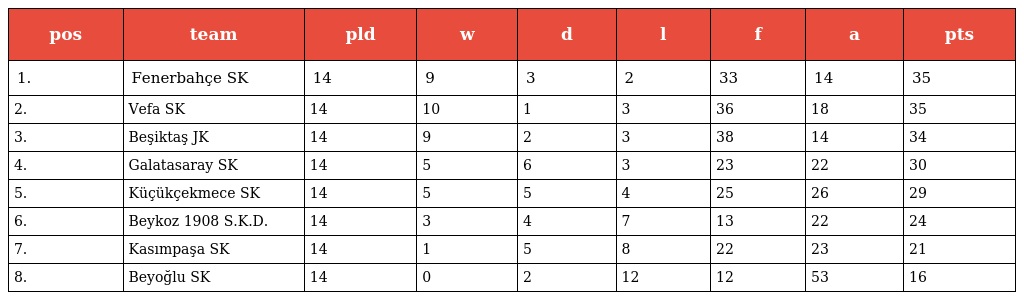
| pos | team | pld | w | d | l | f | a | pts |
 | --- | --- | --- | --- | --- | --- | --- | --- | --- |
 | 1. | Fenerbahçe SK | 14 | 9 | 3 | 2 | 33 | 14 | 35 |
 | 2. | Vefa SK | 14 | 10 | 1 | 3 | 36 | 18 | 35 |
 | 3. | Beşiktaş JK | 14 | 9 | 2 | 3 | 38 | 14 | 34 |
 | 4. | Galatasaray SK | 14 | 5 | 6 | 3 | 23 | 22 | 30 |
 | 5. | Küçükçekmece SK | 14 | 5 | 5 | 4 | 25 | 26 | 29 |
 | 6. | Beykoz 1908 S.K.D. | 14 | 3 | 4 | 7 | 13 | 22 | 24 |
 | 7. | Kasımpaşa SK | 14 | 1 | 5 | 8 | 22 | 23 | 21 |
 | 8. | Beyoğlu SK | 14 | 0 | 2 | 12 | 12 | 53 | 16 |